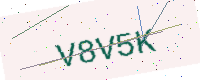
Text: V8V5K